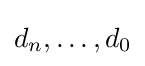
d_{n},\ldots ,d_{0}